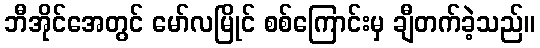
ဘီအိုင်အေတွင် မော်လမြိုင် စစ်ကြောင်းမှ ချီတက်ခဲ့သည်။